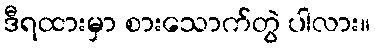
ဒီရထားမှာ စားသောက်တွဲ ပါလား။